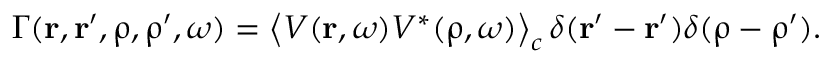
\Gamma ( \boldsymbol { \mathbf { r } } , \boldsymbol { \mathbf { r } } ^ { \prime } , \boldsymbol { \mathbf { \uprho } } , \boldsymbol { \mathbf { \uprho } } ^ { \prime } , \omega ) = \left\langle V ( \boldsymbol { \mathbf { r } } , \omega ) V ^ { * } ( \boldsymbol { \mathbf { \uprho } } , \omega ) \right\rangle _ { c } \delta ( \boldsymbol { \mathbf { r } } ^ { \prime } - \boldsymbol { \mathbf { r } } ^ { \prime } ) \delta ( \boldsymbol { \mathbf { \uprho } } - \boldsymbol { \mathbf { \uprho ^ { \prime } } } ) .